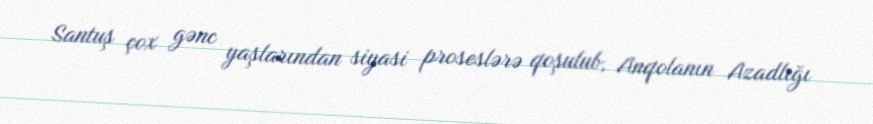
Santuş çox gənc yaşlarından siyasi proseslərə qoşulub, Anqolanın Azadlığı